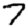
Digit: 7